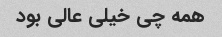
همه چی خیلی عالی بود